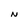
Character: N